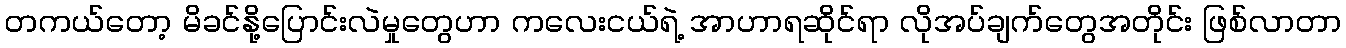
တကယ်တော့ မိခင်နို့ပြောင်းလဲမှုတွေဟာ ကလေးငယ်ရဲ့ အာဟာရဆိုင်ရာ လိုအပ်ချက်တွေအတိုင်း ဖြစ်လာတာ